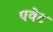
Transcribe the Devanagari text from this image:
पवेट